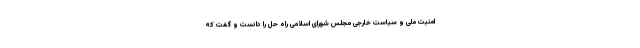
امنیت ملی و سیاست خارجی مجلس شورای اسلامی راه حل را دانست و گفت که